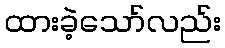
ထားခဲ့သော်လည်း